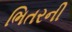
ભિતરની